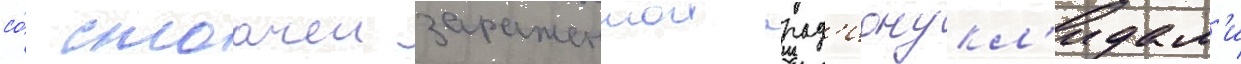
со́ стоачеи зараженнои рад'ионукл'идам'и